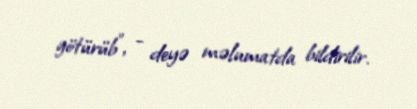
götürüb", - deyə məlumatda bildirilir.